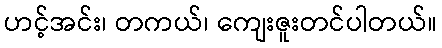
ဟင့်အင်း၊ တကယ်၊ ကျေးဇူးတင်ပါတယ်။